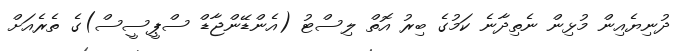
ދުނިޔެއިން މުޅިން ނެތިދާނެ ކަމުގެ ބިރު އޮތް ލިސްޓު (އެންޑޭންޖާޑް ސްޕީސީސް)ގެ ތެރެއަށް